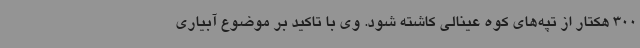
300 هکتار از تپه‌های کوه عینالی کاشته شود. وی با تاکید بر موضوع آبیاری